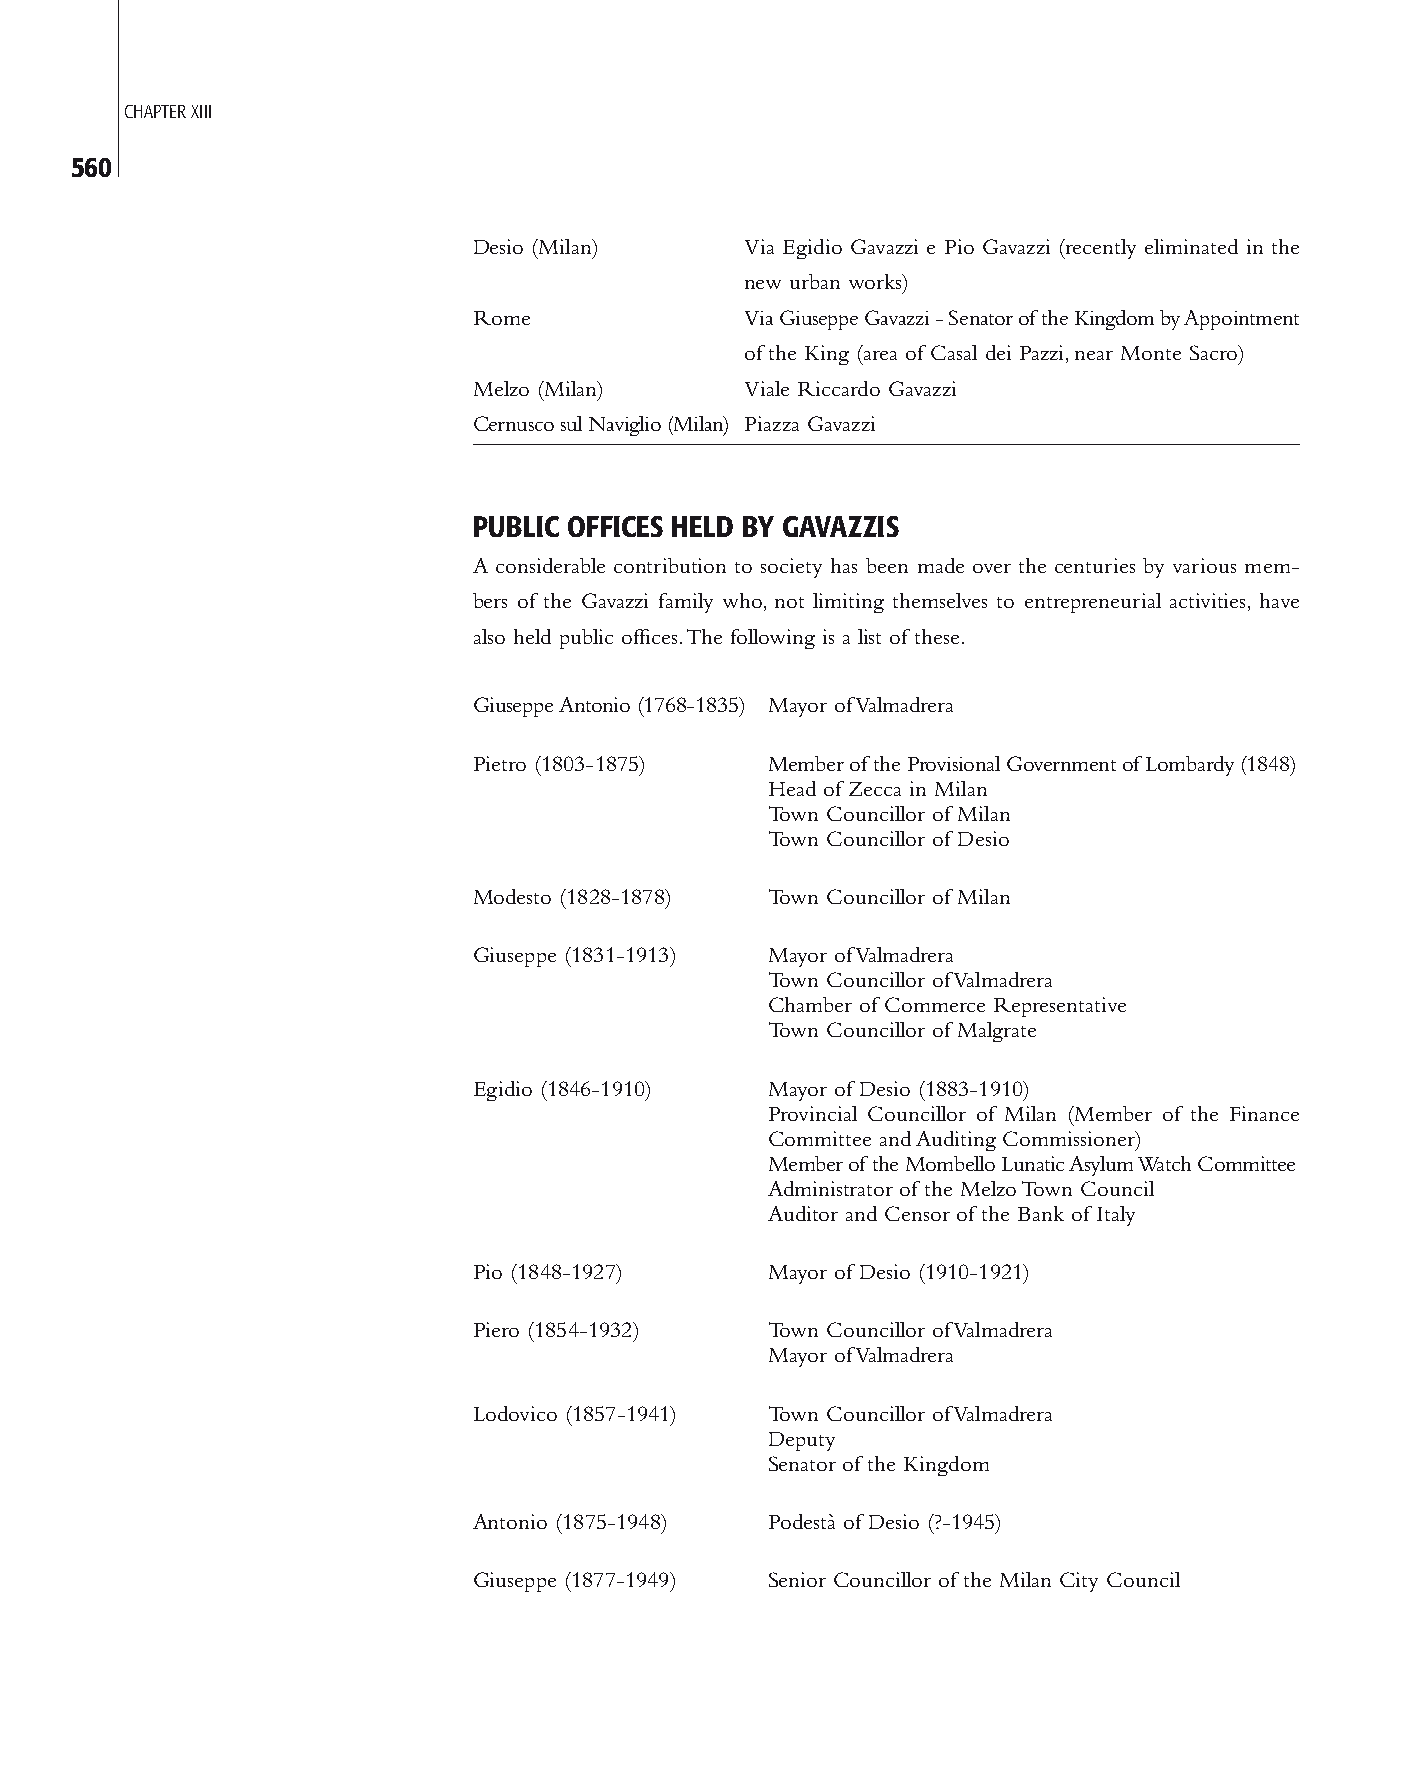
CHAPTER XIII
 560
 Desio (Milan)     Via Egidio Gavazzi e Pio Gavazzi (recently eliminated in the
 new urban works)
 Rome              Via Giuseppe Gavazzi - Senator of the Kingdom by Appointment
 of the King (area of Casal dei Pazzi, near Monte Sacro)
 Melzo (Milan)     Viale Riccardo Gavazzi
 Cernusco sul Naviglio (Milan) Piazza Gavazzi
 PUBLIC OFFICES HELD BY GAVAZZIS
 A considerable contribution to society has been made over the centuries by various mem-
 bers of the Gavazzi family who, not limiting themselves to entrepreneurial activities, have
 also held public offices. The following is a list of these.
 Giuseppe Antonio (1768-1835) Mayor of Valmadrera
 Pietro (1803-1875)  Member of the Provisional Government of Lombardy (1848)
 Head of Zecca in Milan
 Town Councillor of Milan
 Town Councillor of Desio
 Modesto (1828-1878) Town Councillor of Milan
 Giuseppe (1831-1913) Mayor of Valmadrera
 Town Councillor of Valmadrera
 Chamber of Commerce Representative
 Town Councillor of Malgrate
 Egidio (1846-1910)  Mayor of Desio (1883-1910)
 Provincial Councillor of Milan (Member of the Finance
 Committee and Auditing Commissioner)
 Member of the Mombello Lunatic Asylum Watch Committee
 Administrator of the Melzo Town Council
 Auditor and Censor of the Bank of Italy
 Pio (1848-1927)     Mayor of Desio (1910-1921)
 Piero (1854-1932)   Town Councillor of Valmadrera
 Mayor of Valmadrera
 Lodovico (1857-1941) Town Councillor of Valmadrera
 Deputy
 Senator of the Kingdom
 Antonio (1875-1948) Podestà of Desio (?-1945)
 Giuseppe (1877-1949) Senior Councillor of the Milan City Council